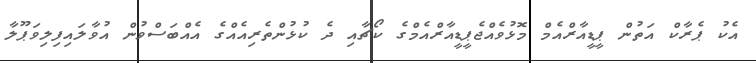
އެކު ޕެރާކް އަތުން ޕީޑީއާރްއެމް މޮޅުވެއްޖެޕީޑީއާރްއެމްގެ ކޯޗާއި ދެ ކުޅުންތެރިއެއްގެ އެއްބަސްވުން އުވާލައިފިލިވަޕޫލާ